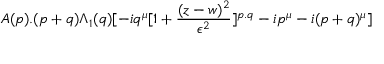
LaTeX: A ( p ) . ( p + q ) \Lambda _ { 1 } ( q ) [ - i q ^ { \mu } [ 1 + { \frac { ( z - w ) ^ { 2 } } { \epsilon ^ { 2 } } } ] ^ { p . q } - i p ^ { \mu } - i ( p + q ) ^ { \mu } ]